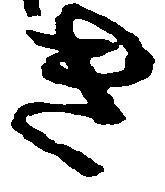
き